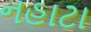
નહાટા